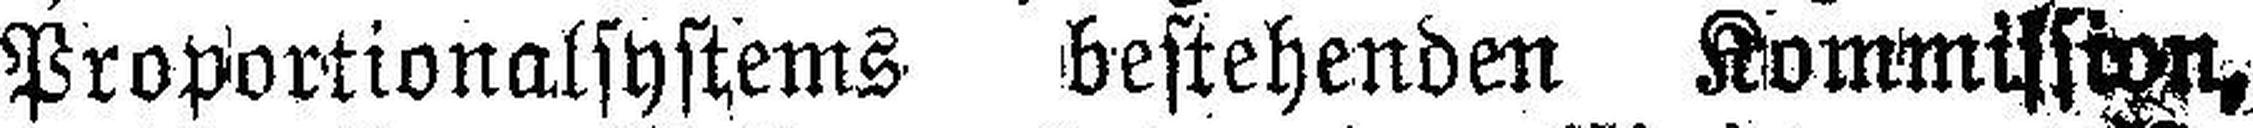
Proportionalsystems bestehenden Kommission,